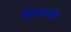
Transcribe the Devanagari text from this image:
जिच्याशी